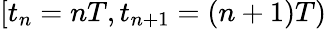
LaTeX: [t_{n}=nT,t_{n+1}=(n+1)T)